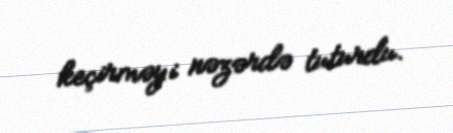
keçirməyi nəzərdə tuturdu.